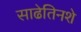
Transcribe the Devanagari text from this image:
साढेतिनशे